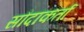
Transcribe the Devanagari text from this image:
सौदाकर्ता